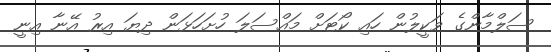
ސަލްމާންގެ ވަކީލުން ހައި ކޯޓަށް މައްސަލަ ހުށަހަޅަން ދިޔަ އިރު އޭނާ އިނީ